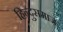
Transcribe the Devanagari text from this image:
हिन्दुसमाज